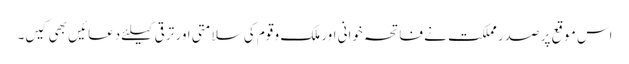
اس موقع پر صدر مملکت نے فاتحہ خوانی اور ملک و قوم کی سلامتی اور ترقی کیلئے دعائیں بھی کیں۔